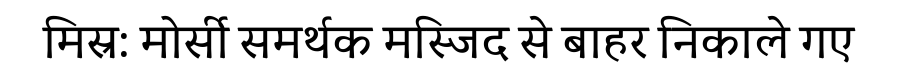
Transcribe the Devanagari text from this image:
मिस्र: मोर्सी समर्थक मस्जिद से बाहर निकाले गए